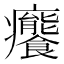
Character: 𤼛